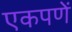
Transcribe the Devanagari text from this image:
एकपणें